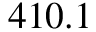
4 1 0 . 1